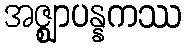
အဇ္ဈာပန္နကဿ